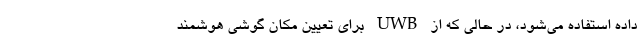
داده استفاده می‌شود، در حالی که از UWB برای تعیین مکان گوشی هوشمند